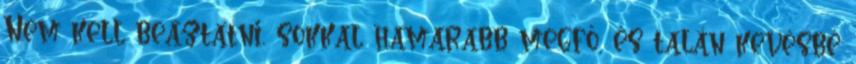
Nem kell beáztatni, sokkal hamarabb megfő, és talán kevésbé